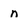
Character: n